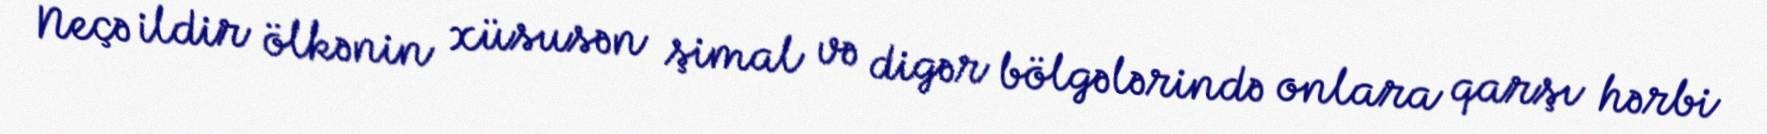
Neçə ildir ölkənin xüsusən şimal və digər bölgələrində onlara qarşı hərbi